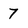
Character: 7